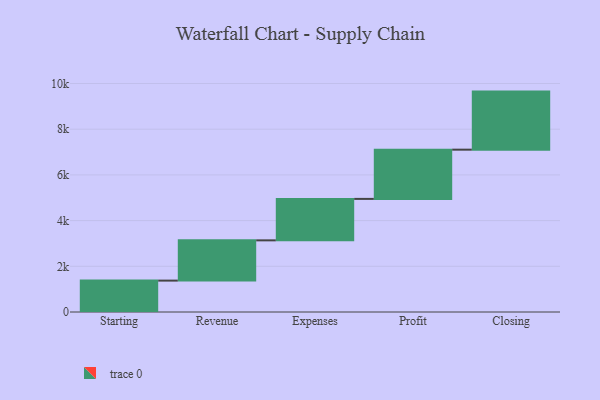
{"axis": {"x": "Step", "y": "Value"}, "legend": [""], "data": [{"x": "Starting", "y": 1374.0, "type": ""}, {"x": "Revenue", "y": 1762.0, "type": ""}, {"x": "Expenses", "y": 1814.0, "type": ""}, {"x": "Profit", "y": 2155.0, "type": ""}, {"x": "Closing", "y": 2541.0, "type": ""}]}